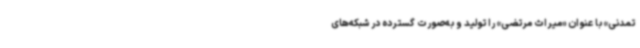
تمدنی» با عنوان «میراث مرتضی» را تولید و به‌صورت گسترده در شبکه‌های